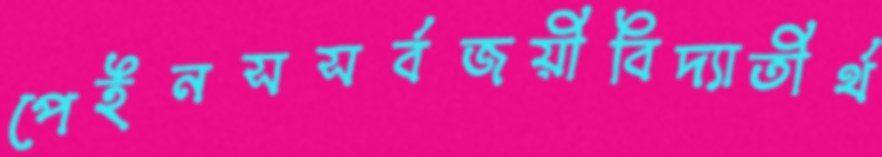
পেইনসসর্বজয়ীবিদ্যাতীর্থ